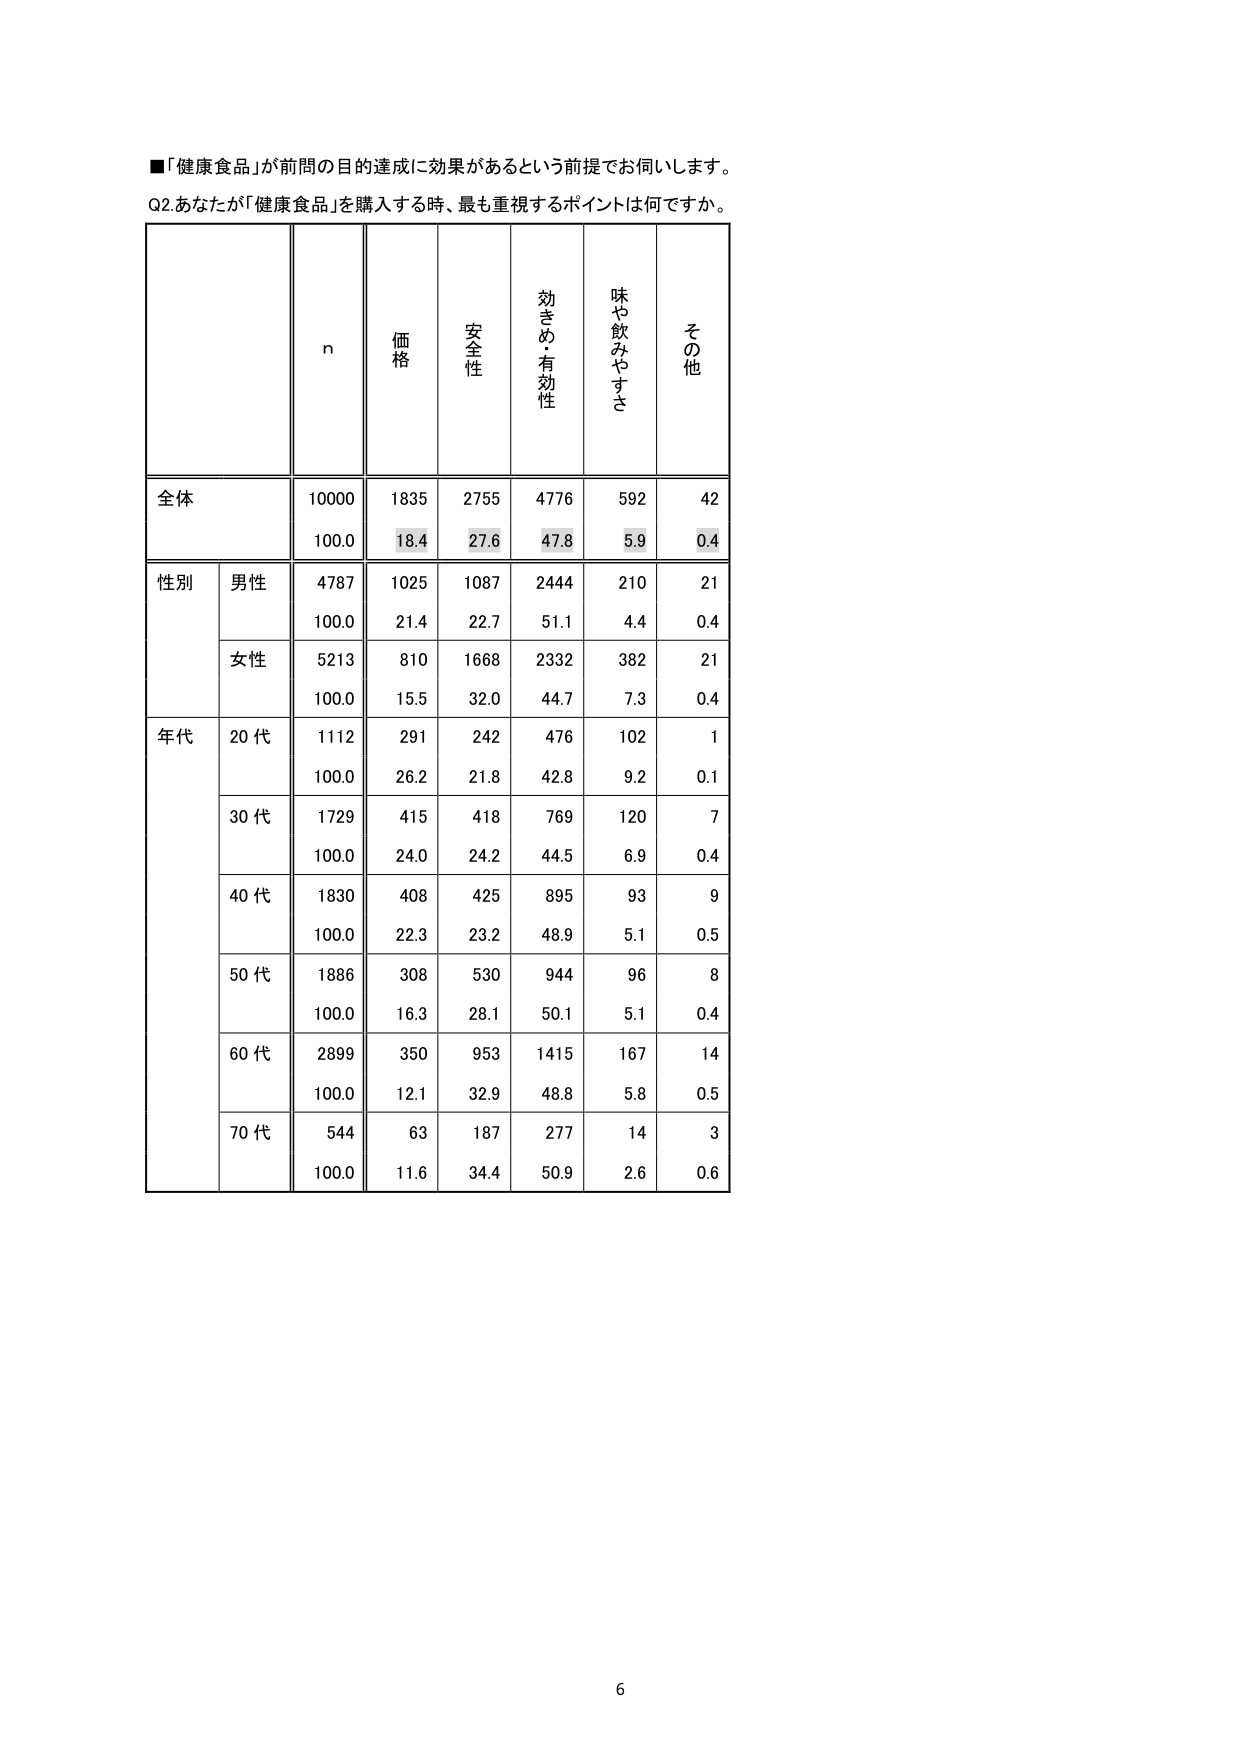
■「健康食品」が前問の目的達成に効果があるという前提でお伺いします。
Q2.あなたが「健康食品」を購入する時、最も重視するポイントは何ですか。

n
価格
安全性
効きめ・有効性
味や飲みやすさ
その他

全体
10000
1835
2755
4776
592
42
100.0
18.4
27.6
47.8
5.9
0.4

性別
男性
4787
1025
1087
2444
210
21
100.0
21.4
22.7
51.1
4.4
0.4
女性
5213
810
1668
2332
382
21
100.0
15.5
32.0
44.7
7.3
0.4

年代
20代
1112
291
242
476
102
1
100.0
26.2
21.8
42.8
9.2
0.1
30代
1729
415
418
769
120
7
100.0
24.0
24.2
44.5
6.9
0.4
40代
1830
408
425
895
93
9
100.0
22.3
23.2
48.9
5.1
0.5
50代
1886
308
530
944
96
8
100.0
16.3
28.1
50.1
5.1
0.4
60代
2899
350
953
1415
167
14
100.0
12.1
32.9
48.8
5.8
0.5
70代
544
63
187
277
14
3
100.0
11.6
34.4
50.9
2.6
0.6

6